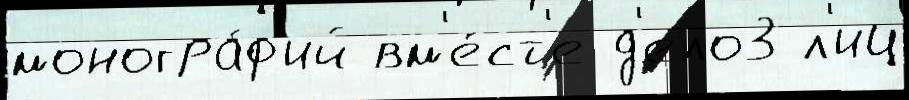
моногра́ф'ий вм'е́ст'е д'ело3 л'иц